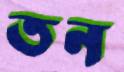
তন